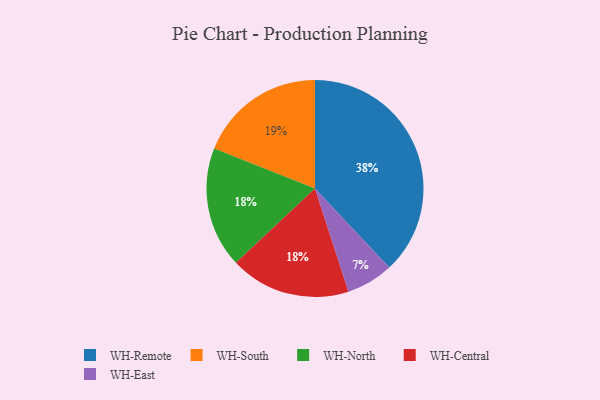
{"axis": {"x": "Category", "y": "Percentage"}, "legend": ["WH-Central", "WH-East", "WH-North", "WH-Remote", "WH-South"], "data": [{"x": "WH-Remote", "y": 38, "type": "WH-Remote"}, {"x": "WH-South", "y": 19, "type": "WH-South"}, {"x": "WH-North", "y": 18, "type": "WH-North"}, {"x": "WH-East", "y": 7, "type": "WH-East"}, {"x": "WH-Central", "y": 18, "type": "WH-Central"}]}